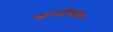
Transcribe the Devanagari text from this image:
स्नानदेखील